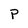
Character: P